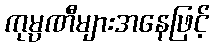
ကုမ္ပဏီများအနေဖြင့်